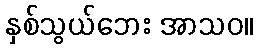
နှစ်သွယ်ဘေး အာသဝ။